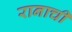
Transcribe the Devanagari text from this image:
रानाची